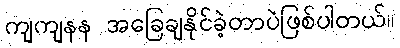
ကျကျနန အခြေချနိုင်ခဲ့တာပဲဖြစ်ပါတယ်။